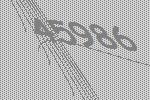
45986